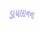
ડાયલાનના